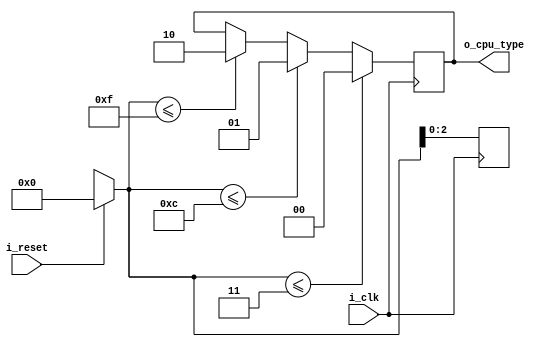
module cpu_type(i_clk, i_reset, o_cpu_type);

input i_clk;
input i_reset;
output reg [1:0] o_cpu_type;
reg [3:0] r_type_val = 0;
wire w_feedback;

//Attack Type
parameter STANDBY = 2'b00,
          LIGHT = 2'b01,
          HEAVY = 2'b10;

assign w_feedback = ~(w_type_val[3] ^ w_type_val[2]); //for 2-bit LSFR

always @(posedge i_clk) begin //random value for cpu_type
   if (i_reset)
       r_type_val = 2'b00;
   else
       r_type_val = {r_type_val[2:0],w_feedback};
       
   if(r_type_val <= 3)
      o_cpu_type <= STANDBY ;
   else if(r_type_val <= 12)
      o_cpu_type <= LIGHT;    
   else if(r_type_val <= 15)
      o_cpu_type <= HEAVY;        
end

          
endmodule